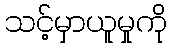
သင့်မှာယူမှုကို